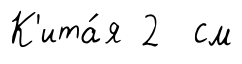
К'ита́я 2 см